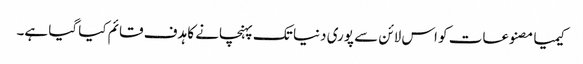
کیمیا مصنوعات کو اس لائن سے پوری دنیا تک پہنچانے کا ہدف قائم کیا گیا ہے۔